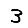
Digit: 3